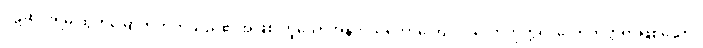
ဝဋ်ဆင်းရဲမှ ထွက်မြောက်တတ်သည်၏အဖြစ် ဟူသောအနက်သဘောကြောင့်။ လောကုတ္တရ၊ လောကုတ္တရာဖြစ်သော။